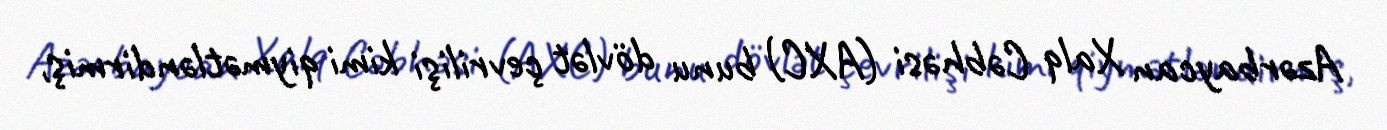
Azərbaycan Xalq Cəbhəsi (AXC) bunu dövlət çevrilişi kimi qiymətləndirmiş,